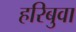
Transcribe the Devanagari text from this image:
हरिबुवा